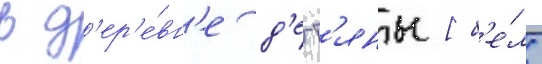
в д'ер'е́вн'е д'егт'яны [б'е́л.